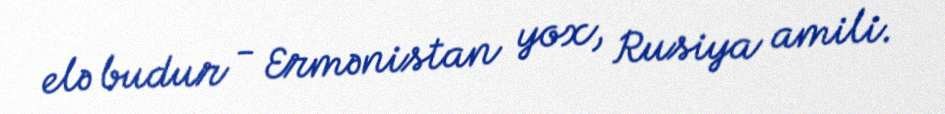
elə budur - Ermənistan yox, Rusiya amili.